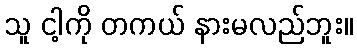
သူ ငါ့ကို တကယ် နားမလည်ဘူး။